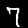
Label: 7